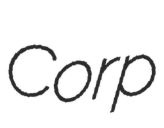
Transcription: Corp